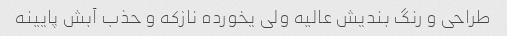
طراحی و رنگ بندیش عالیه ولی یخورده نازکه و حذب آبش پایینه